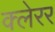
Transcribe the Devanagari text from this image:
क्लेरर